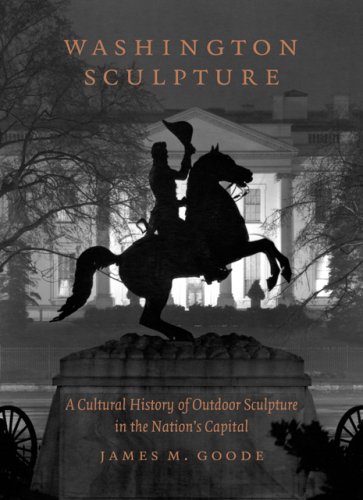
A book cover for Washington Sculpture: A Cultural History of Outdoor Sculpture in the Nation's Capital; James M. Goode; Arts & Photography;